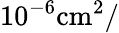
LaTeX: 10^{-6}\mathrm{{cm}^{2}/}